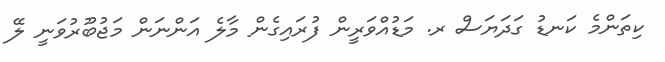
ކިތަންމެ ކަނޑު ގަދަޔަސް ރ. މަޑުއްވަރީން ފުރައިގެން މާލެ އަންނަން މަޖުބޫރުވަނީ ލޭ